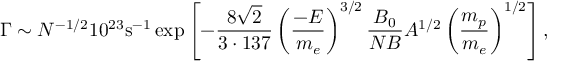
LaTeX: \Gamma \sim N ^ { - 1 / 2 } 1 0 ^ { 2 3 } \mathrm { s } ^ { - 1 } \exp \left[ - { \frac { 8 \sqrt { 2 } } { 3 \cdot 1 3 7 } } \left( { \frac { - E } { m _ { e } } } \right) ^ { 3 / 2 } { \frac { B _ { 0 } } { N B } } A ^ { 1 / 2 } \left( { \frac { m _ { p } } { m _ { e } } } \right) ^ { 1 / 2 } \right] ,